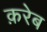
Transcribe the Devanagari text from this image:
क़रेब